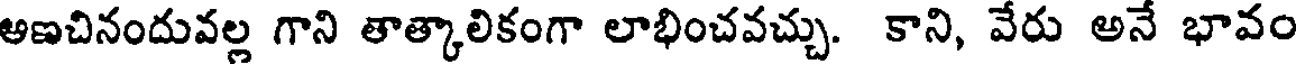
అణచినందువల్ల గాని తాత్కాలికంగా లాభించవచ్చు. కాని, వేరు అనే భావం